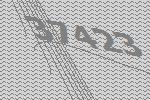
37423